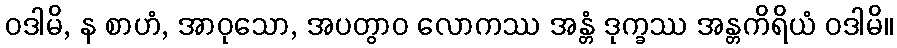
ဝဒါမိ, န စာဟံ, အာဝုသော, အပတွာဝ လောကဿ အန္တံ ဒုက္ခဿ အန္တကိရိယံ ဝဒါမိ။